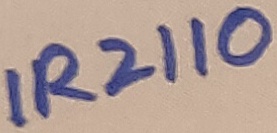
Text: IR2110